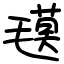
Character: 氁